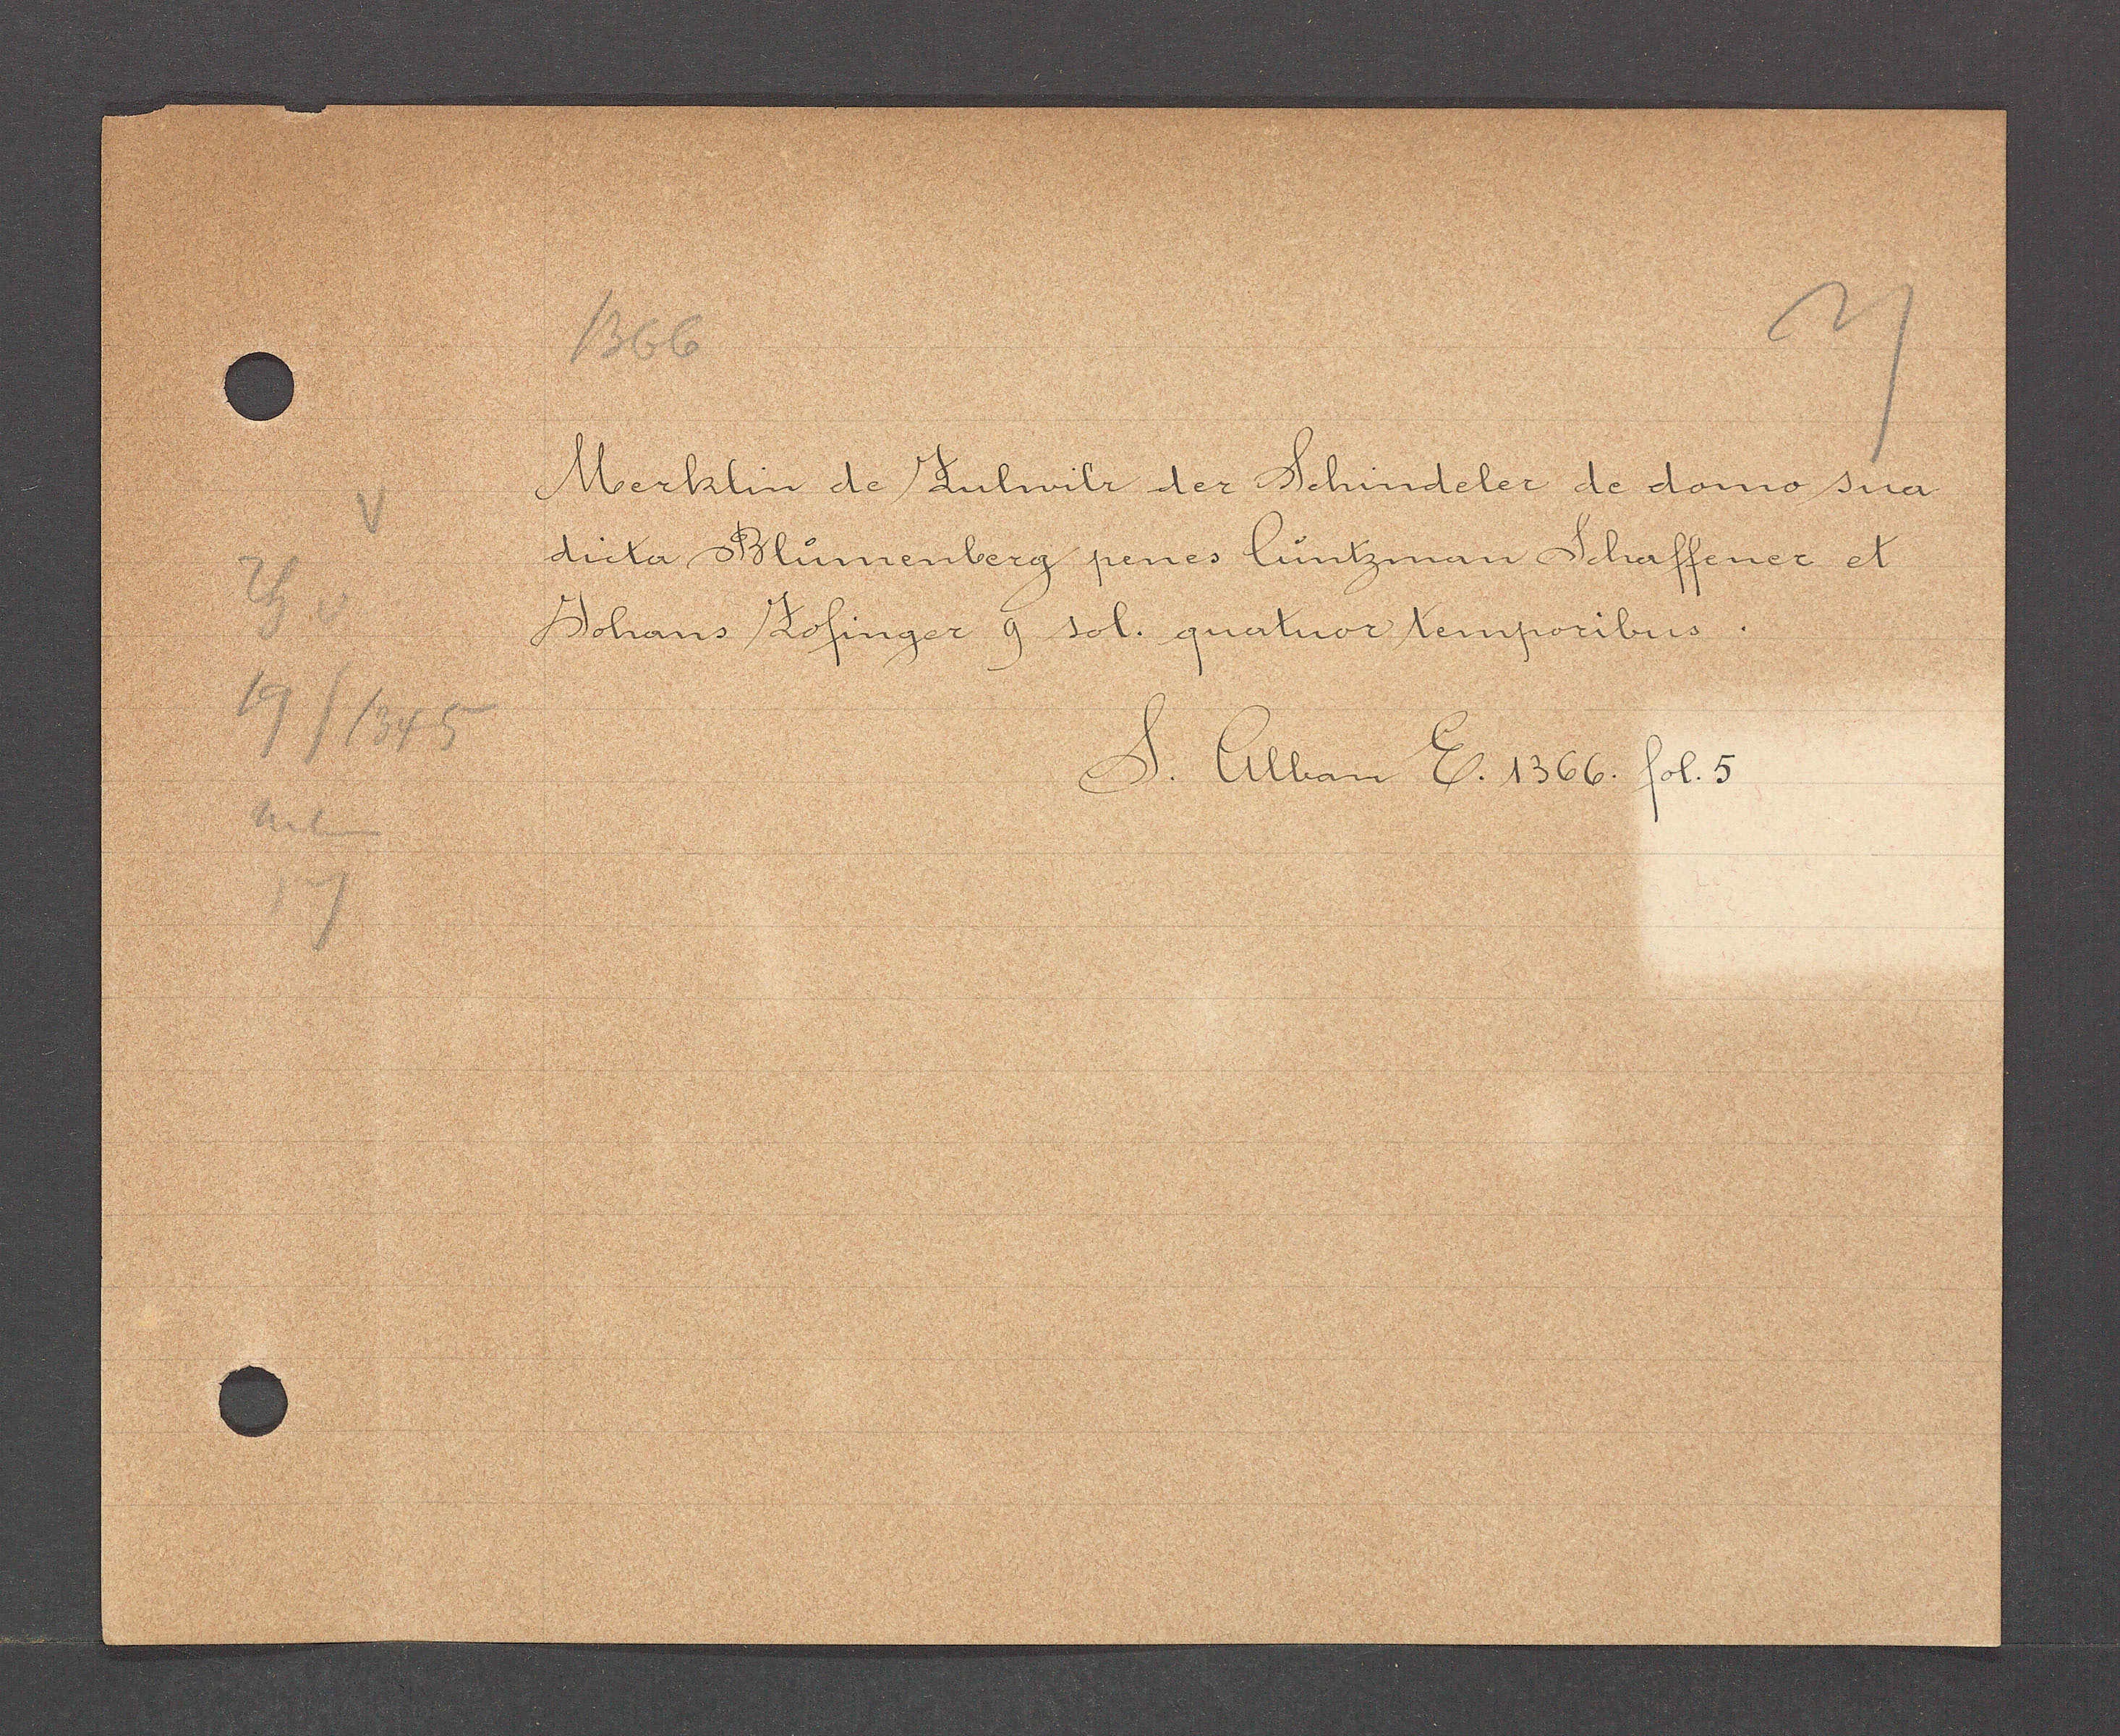
Transcript:
19/1345
neben

1366

Merklin de Zulwilr der Schindeler de domo sua
dicta Blumenberg penes Lüntzman Schaffener et
Johans Zofinger 9 sol. quatuor temporibus.

S. Alban E. 1366. fol. 5